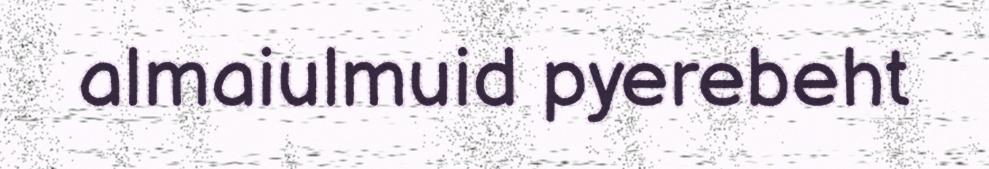
almaiulmuid pyerebeht